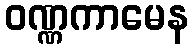
ဝဏ္ဏကာမေန